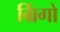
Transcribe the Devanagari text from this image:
ग्रिंगो